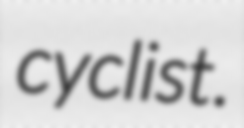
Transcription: cyclist.